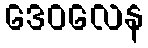
ဒေဝလေန